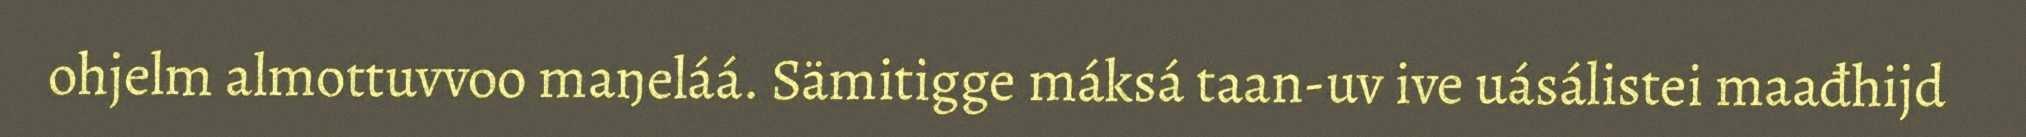
ohjelm almottuvvoo maŋeláá. Sämitigge máksá taan-uv ive uásálistei maađhijd